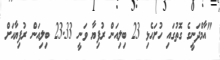
"އާމްދަނީގެ ގޮތުގައި ހުށަހެޅި 23 ބިލިއަން ރުފިޔާ ވަނީ 23.33 ބިލިއަން ރުފިޔާއަށް